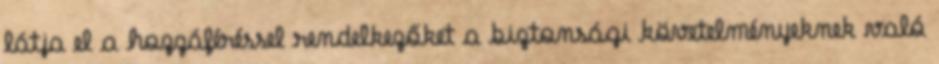
látja el a hozzáféréssel rendelkezőket a biztonsági követelményeknek való